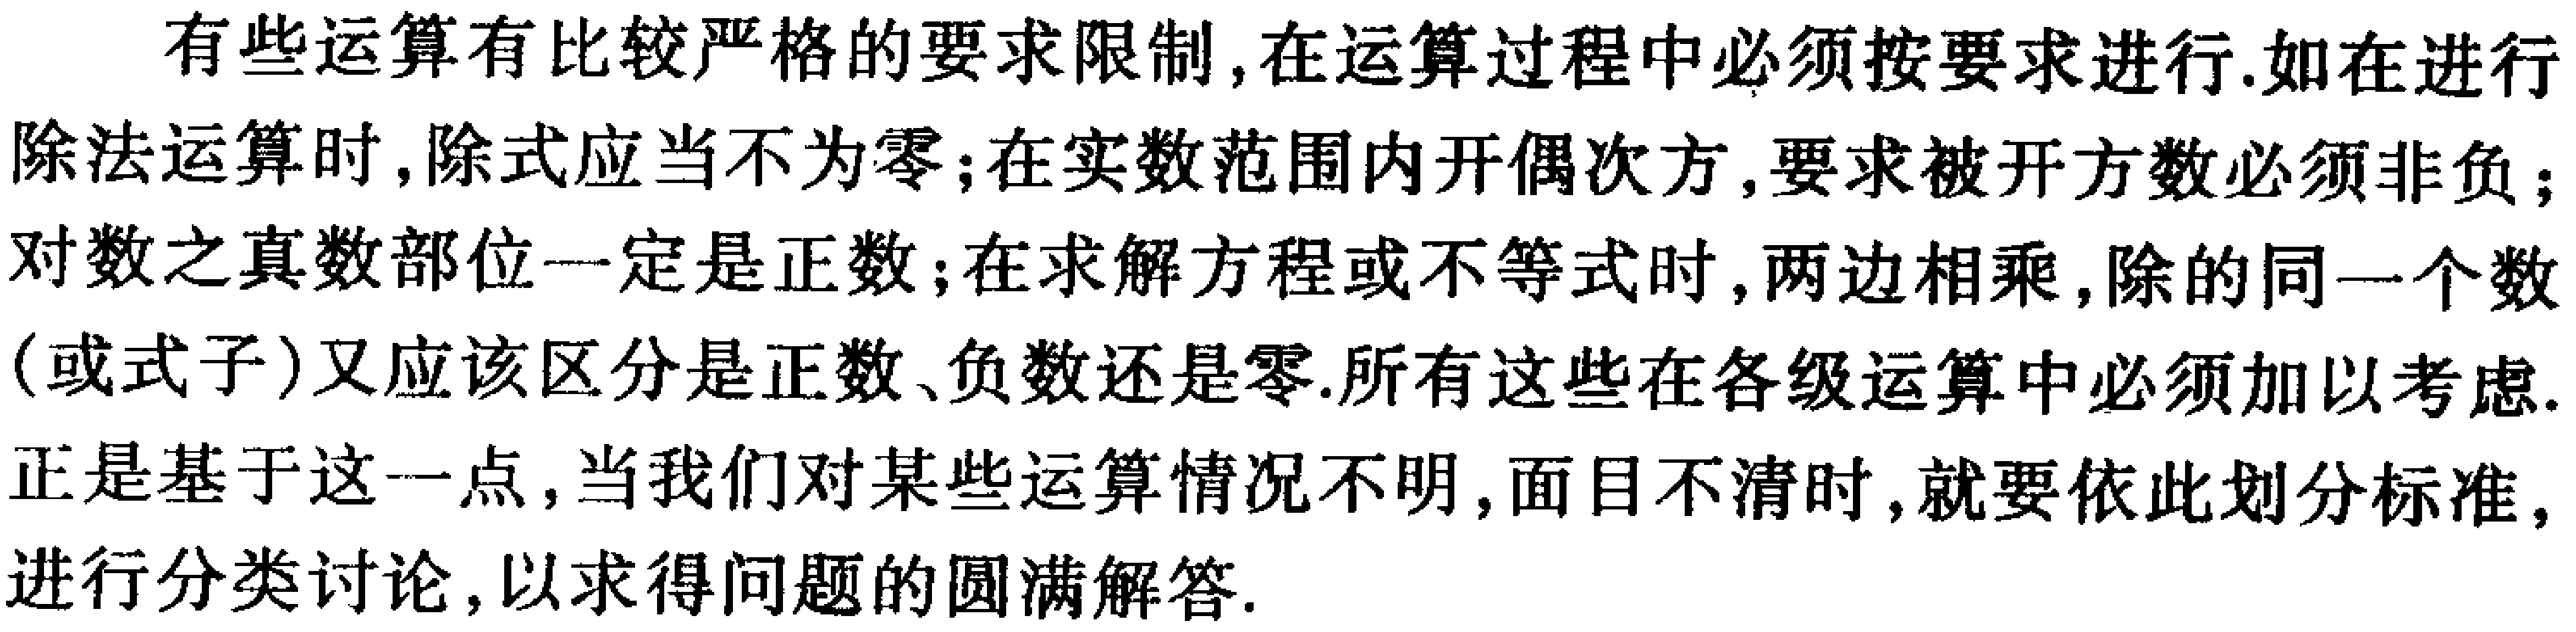
有些运算有比较严格的要求限制,在运算过程中必须按要求进行.如在进行除法运算时,除式应当不为零;在实数范围内开偶次方,要求被开方数必须非负;对数之真数部位一定是正数;在求解方程或不等式时,两边相乘,除的同一个数(或式子)又应该区分是正数、负数还是零.所有这些在各级运算中必须加以考虑.正是基于这一点,当我们对某些运算情况不明,面目不清时,就要依此划分标准,进行分类讨论,以求得问题的圆满解答.